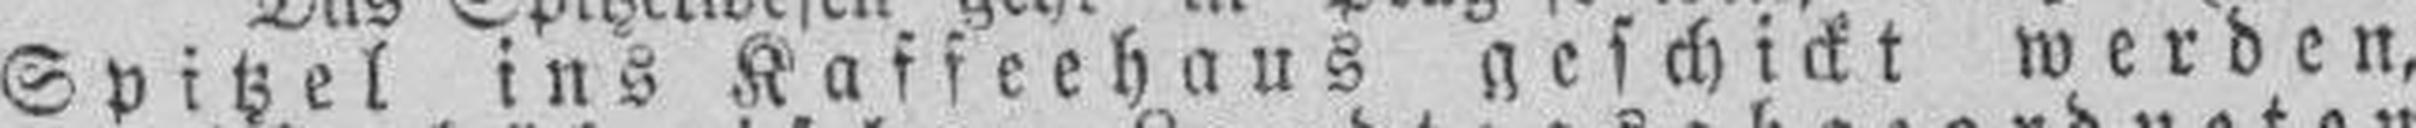
Spitzel ins Kaffeehaus geschickt werden,